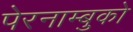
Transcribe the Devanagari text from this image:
पेरनाम्बुको